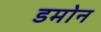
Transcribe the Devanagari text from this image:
डमोन